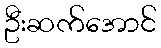
ဦးဆက်အောင်